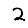
Digit: 2